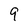
Character: 9